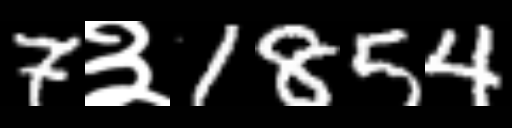
Text: 7३1854